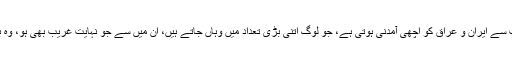
کوئی شک نہیں کہ اس مذہبی سیاحت سے ایران و عراق کو اچھی آمدنی ہوتی ہے، جو لوگ اتنی بڑی تعداد میں وہاں جاتے ہیں، ان میں سے جو نہایت غریب بھی ہو، وہ بھی کچھ نہ کچھ ضرور خریدتا ہے۔